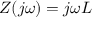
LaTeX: Z ( j \omega ) = j \omega L \,